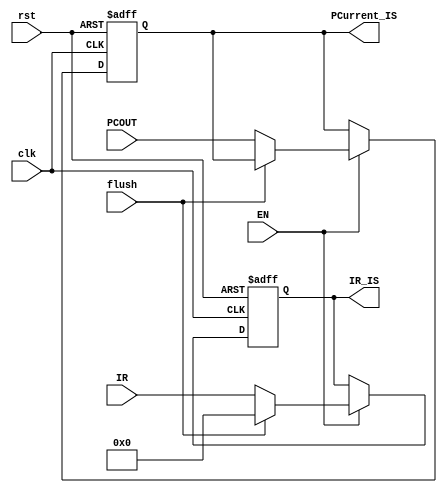
`timescale 1ns / 1ps
//////////////////////////////////////////////////////////////////////////////////
// Company:
// Engineer:
//
// Design Name:
// Module Name:    REGS IF/ID Latch
// Project Name:
// Target Devices:
// Tool versions:
// Description:
//
// Dependencies:
//
// Revision:
// Revision 0.01 - File Created
// Additional Comments:
//
//////////////////////////////////////////////////////////////////////////////////

module    REG_IF_IS(input clk,                                      //IF/ID Latch
                    input rst,
                    input EN,                                       //
                    input flush,                                    //
                    input [31:0] PCOUT,                             //
                    input [31:0] IR,                                //

                    output reg[31:0] IR_IS,                         //
                    output reg[31:0] PCurrent_IS                    //
                );

//reg[31:0]PCurrent_ID,IR_ID;
    always @(posedge clk or posedge rst) begin
        if(rst) begin
             IR_IS <= 32'h00000000;                            //s
             PCurrent_IS <= 32'h00000000;                     //
            end
        else if(EN)begin
            if(flush)begin
                IR_IS <= 32'h00000000;              //IR waiting for Control Hazards is
            end
            else begin
                IR_IS <= IR;                       //,
                PCurrent_IS <= PCOUT;  end         //PCBranch/Junp(PC+4)
            end
    end

endmodule